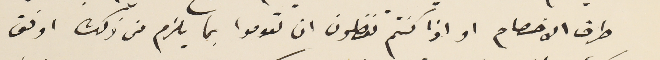
طرف الاخصام او اذا كنتم تفضلون ان تقوموا بما يلزم من ذلك اوفق